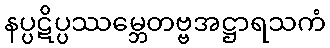
နပ္ပဋိပ္ပဿမ္ဘေတဗ္ဗအဋ္ဌာရသကံ